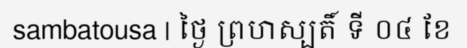
sambatousa | ថ្ងៃ ព្រហស្បតិ៍ ទី ០៤ ខែ